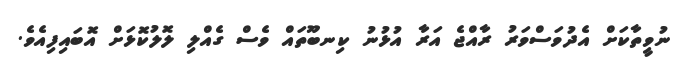
ނުވީތާކަށް އެދުވަސްވަރު ރާއްޖެ އަރާ އުޅުނު ކިނބޫތައް ވެސް ގެއްލި ލޮލުކޮޅަށް އޮބައިފިއެވެ.